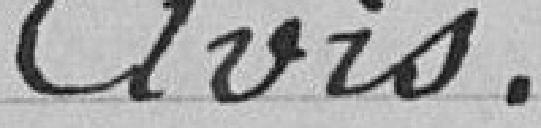
Avis